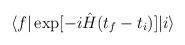
LaTeX: \begin{align*}\langle f|\exp[-i\hat{H}(t_{f}-t_{i})]|i\rangle\end{align*}